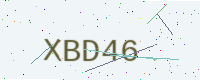
Text: XBD46